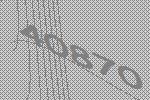
40870